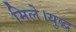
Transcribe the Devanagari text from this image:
मिले।युद्ध